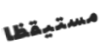
مستيقظا